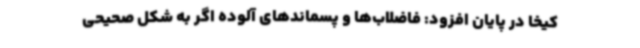
کیخا در پایان افزود: فاضلاب‌ها و پسماندهای آلوده اگر به شکل صحیحی